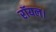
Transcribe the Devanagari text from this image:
रॉयल।